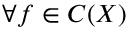
\forall f \in C ( { \cal { X } } )